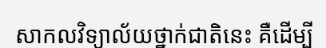
សាកលវិទ្យាល័យថ្នាក់ជាតិនេះ គឺដើម្បី